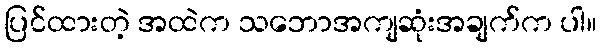
ပြင်ထားတဲ့ အထဲက သဘောအကျဆုံးအချက်က ပါ။